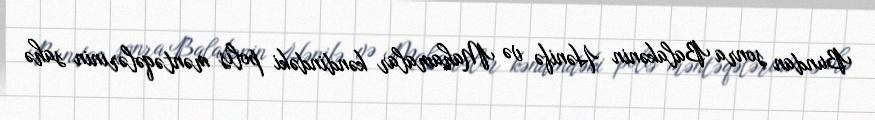
Bundan sonra Balakənin Hənifə və Mahamalar kəndindəki polis məntəqələrinin sahə